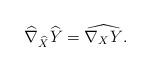
LaTeX: \begin{align*}\widehat{\nabla}_{\widehat{X}}\widehat{Y}=\widehat{\nabla_{X}Y}.\end{align*}